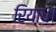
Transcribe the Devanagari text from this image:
रियाध।